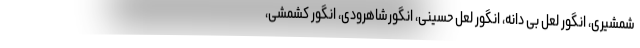
شمشیری، انگور لعل بی دانه، انگور لعل حسینی، انگورشاهرودی، انگور کشمشی،